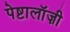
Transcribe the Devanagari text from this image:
पेष्टालॉज़ी